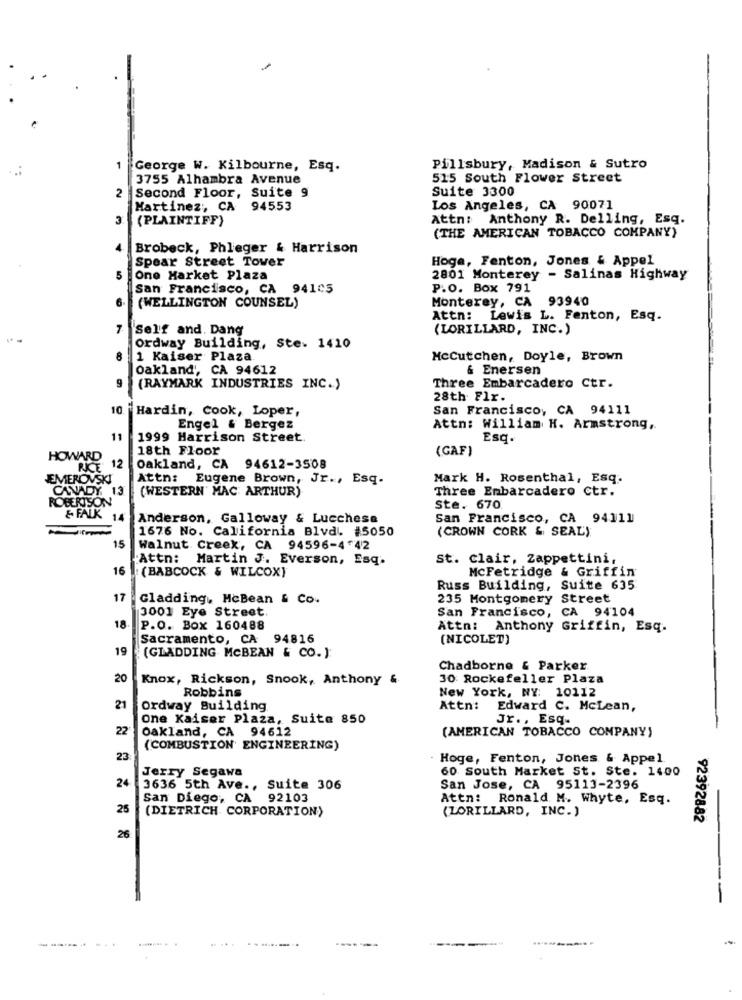
1
George W. Kilbourne, Esq.
Pillsbury, Madison & Sutro
3755 Alhambra Avenue
515 South Flower Street
Suite 3300
2
Second Floor, Suite 9
Martinez :, CA 94553
Los Angeles, CA 90071
3
(PLAINTIFF)
Attn: Anthony R. Delling, Esq.
(THE AMERICAN TOBACCO COMPANY)
Brobeck, Phleger & Harrison
Spear Street Tower
Hoge, Fenton, Jones & Appel
5
One Market Plaza
2801 Monterey - Salinas Highway
San Francisco, CA 94105
P.O. Box 791
6
(WELLINGTON COUNSEL)
Monterey, CA 93940
Attn: Lewis L. Fenton, Esq.
7
"Self and. Dang
(LORILLARD, INC.)
Ordway Building, Ste. 1410
8
1 Kaiser Plaza.
Mccutchen, Doyle, Brown
Oakland', CA 94612
& Enersen
9
Three Embarcadero Ctr.
(RAYMARK INDUSTRIES INC.)
28th Flr.
10
Hardin, Cook, Loper,
San Francisco, CA 94111
Engel & Bergez
Attn: William H. Armstrong ,.
11
1999 Harrison Street.
Esq.
18th Floor
(GAF)
HOWARD
RICE
12
Oakland, CA 94612-3508
JEMEROVSKI
Attn: Eugene Brown, Jr ., Esq.
Mark H. Rosenthal, Esq.
CANADY 13
(WESTERN' MAC ARTHUR)
Three Embarcadero Ctr.
ROBERTSON
Ste. 670
& FALK
14
Anderson, Galloway & Lucchese
San Francisco, CA 94111
1676 No. California Blvd. #5050
(CROWN CORK & SEAL)
15
Walnut Creek, CA 94596-442
Attn: Martin J. Everson, Esq.
St. Clair, Zappettini,
16
: (BABCOCK & WILCOX)
McFetridge & Griffin
Russ Building, Suite 635
17
Gladding ,, McBean & Co.
235 Montgomery Street
3001 Eye Street
San Francisco, CA 94104
18
P.O. Box 160488
Attn: Anthony Griffin, Esq.
Sacramento, CA 94816
(NICOLET)
19
(GLADDING MCBEAN & CO. )
Chadborne & Parker
20
Knox, Rickson, Snook, Anthony &
30 Rockefeller Plaza
New York, NY: 10112
Robbins
21
Ordway Building
Attn:
Edward C. McLean,
One Kaiser Plaza, Suite 850
Jr ., Esq.
22
Oakland, CA 94612
(AMERICAN TOBACCO COMPANY)
(COMBUSTION' ENGINEERING)
23
Hoge, Fenton, Jones & Appel
Jerry Segawa
60 South Market St. Ste. 1400
24
3636 5th Ave ., Suite 306
San Jose, CA 95113-2396
San Diego, CA 92103
Attn: Ronald M. Whyte, Esq.
25
(DIETRICH CORPORATION)
(LORILLARD, INC.)
92392882
26
-
-----